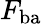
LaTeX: F_{\mathrm{ba}}